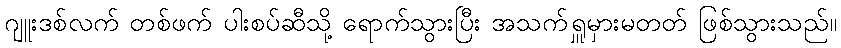
ဂျူးဒစ်လက် တစ်ဖက် ပါးစပ်ဆီသို့ ရောက်သွားပြီး အသက်ရှူမှားမတတ် ဖြစ်သွားသည်။